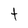
Character: t